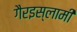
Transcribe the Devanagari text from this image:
गैरइस्लामी